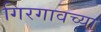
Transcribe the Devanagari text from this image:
गिरगावच्या